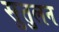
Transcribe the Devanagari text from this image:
सुतुलन